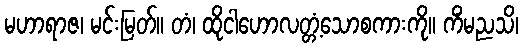
မဟာရာဇ၊ မင်းမြတ်။ တံ၊ ထိုငါဟောလတ္တံ့သောစကားကို။ ကိံမညသိ၊